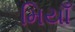
મિયાઁ